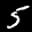
Label: 5